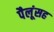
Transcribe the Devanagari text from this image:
पैलूंसह